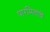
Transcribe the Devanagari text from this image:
पारमितांचे